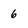
Character: 6